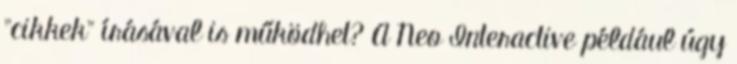
"cikkek" írásával is működhet? A Neo Interactive például úgy